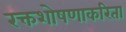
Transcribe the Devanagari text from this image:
रक्तशोषणाकरिता